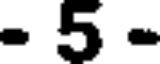
- 5 -